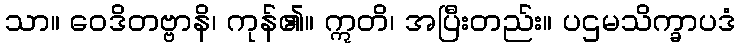
သာ။ ဝေဒိတဗ္ဗာနိ၊ ကုန်၏။ ဣတိ၊ အပြီးတည်း။ ပဌမသိက္ခာပဒံ